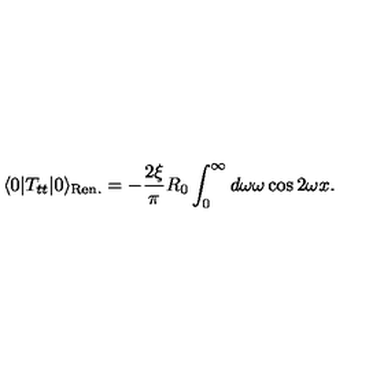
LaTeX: \langle 0 | T _ { t t } | 0 \rangle _ { \mathrm { \tiny R e n . } } = - { \frac { 2 \xi } { \pi } } R _ { 0 } \int _ { 0 } ^ { \infty } d \omega \omega \cos { 2 \omega x } .